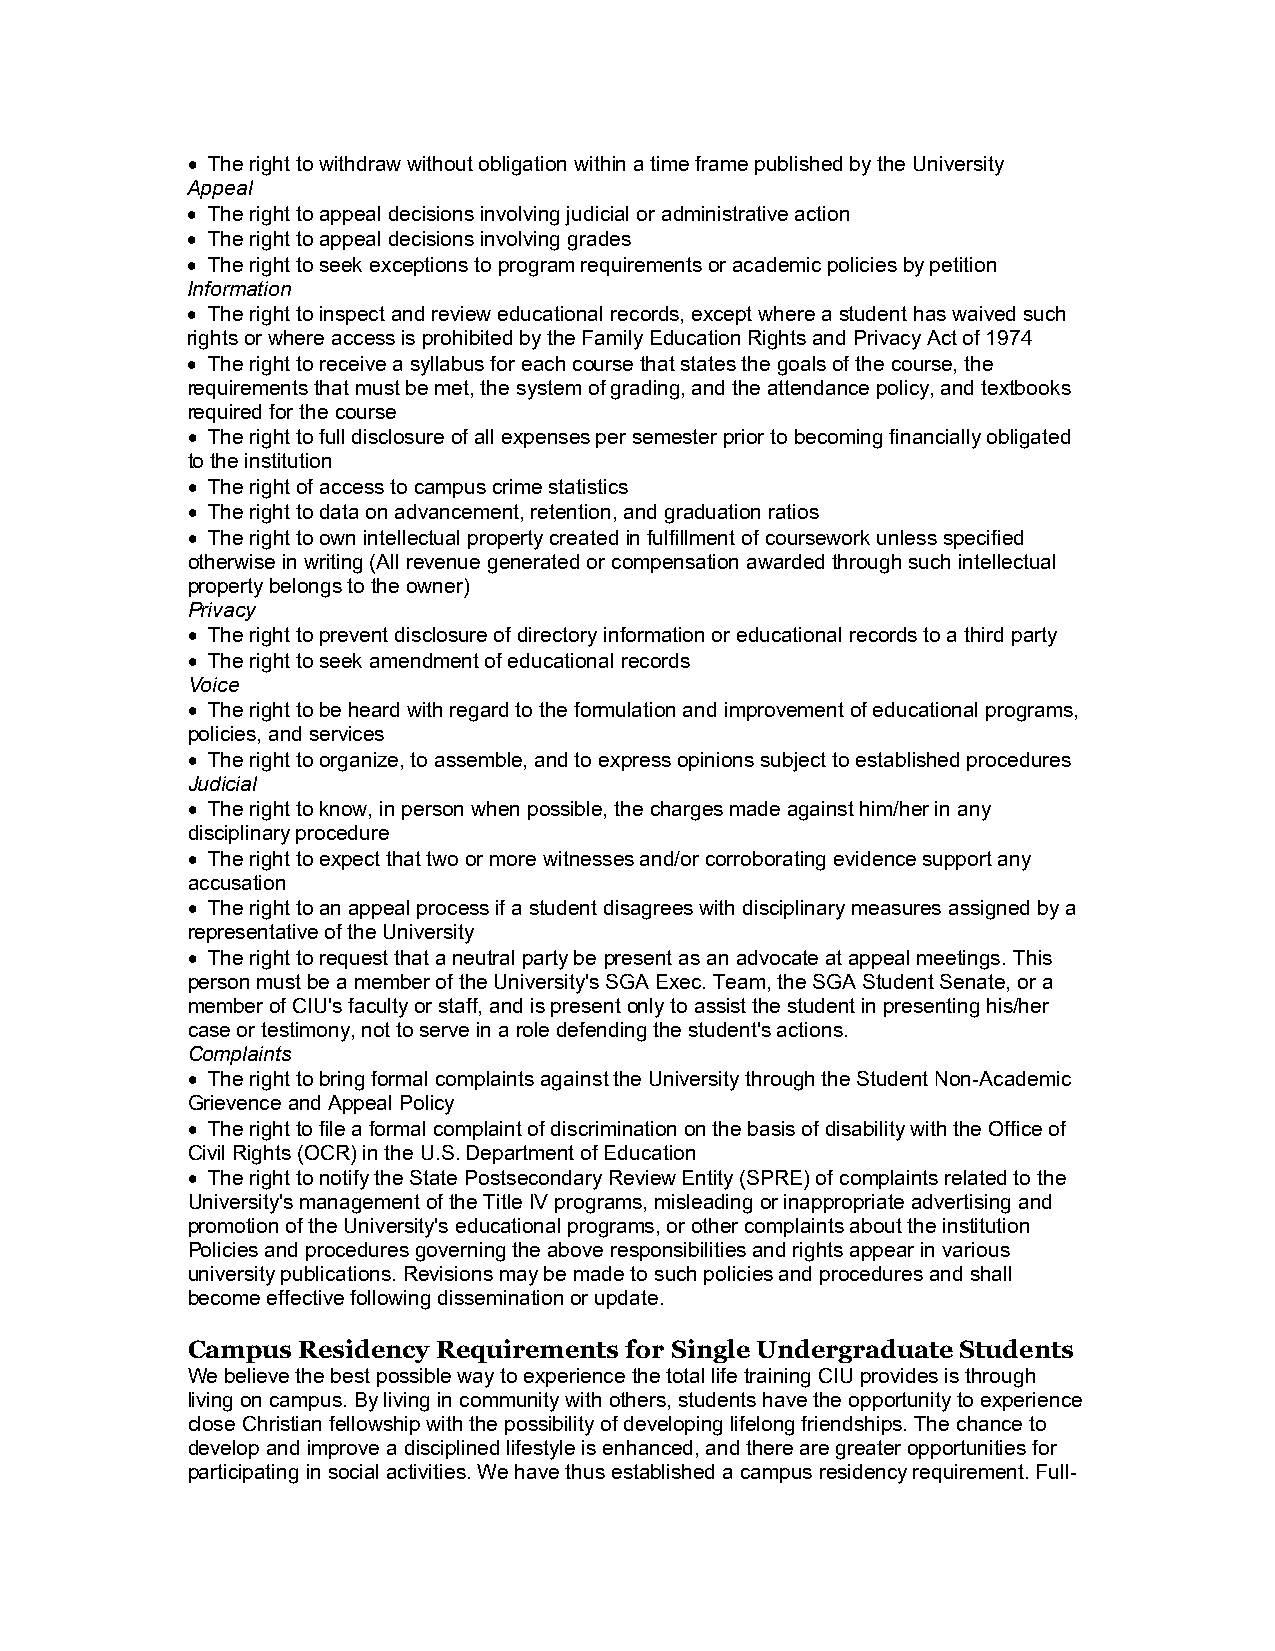
 The right to withdraw without obligation within a time frame published by the University
 Appeal
  The right to appeal decisions involving judicial or administrative action
  The right to appeal decisions involving grades
  The right to seek exceptions to program requirements or academic policies by petition
 Information
  The right to inspect and review educational records, except where a student has waived such
 rights or where access is prohibited by the Family Education Rights and Privacy Act of 1974
  The right to receive a syllabus for each course that states the goals of the course, the
 requirements that must be met, the system of grading, and the attendance policy, and textbooks
 required for the course
  The right to full disclosure of all expenses per semester prior to becoming financially obligated
 to the institution
  The right of access to campus crime statistics
  The right to data on advancement, retention, and graduation ratios
  The right to own intellectual property created in fulfillment of coursework unless specified
 otherwise in writing (All revenue generated or compensation awarded through such intellectual
 property belongs to the owner)
 Privacy
  The right to prevent disclosure of directory information or educational records to a third party
  The right to seek amendment of educational records
 Voice
  The right to be heard with regard to the formulation and improvement of educational programs,
 policies, and services
  The right to organize, to assemble, and to express opinions subject to established procedures
 Judicial
  The right to know, in person when possible, the charges made against him/her in any
 disciplinary procedure
  The right to expect that two or more witnesses and/or corroborating evidence support any
 accusation
  The right to an appeal process if a student disagrees with disciplinary measures assigned by a
 representative of the University
  The right to request that a neutral party be present as an advocate at appeal meetings. This
 person must be a member of the University's SGA Exec. Team, the SGA Student Senate, or a
 member of CIU's faculty or staff, and is present only to assist the student in presenting his/her
 case or testimony, not to serve in a role defending the student's actions.
 Complaints
  The right to bring formal complaints against the University through the Student Non-Academic
 Grievence and Appeal Policy
  The right to file a formal complaint of discrimination on the basis of disability with the Office of
 Civil Rights (OCR) in the U.S. Department of Education
  The right to notify the State Postsecondary Review Entity (SPRE) of complaints related to the
 University's management of the Title IV programs, misleading or inappropriate advertising and
 promotion of the University's educational programs, or other complaints about the institution
 Policies and procedures governing the above responsibilities and rights appear in various
 university publications. Revisions may be made to such policies and procedures and shall
 become effective following dissemination or update.
 Campus  Residency Requirements for Single Undergraduate Students
 We believe the best possible way to experience the total life training CIU provides is through
 living on campus. By living in community with others, students have the opportunity to experience
 close Christian fellowship with the possibility of developing lifelong friendships. The chance to
 develop and improve a disciplined lifestyle is enhanced, and there are greater opportunities for
 participating in social activities. We have thus established a campus residency requirement. Full-